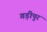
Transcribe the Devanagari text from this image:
गड़ीपुर